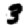
Digit: 3